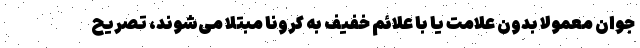
جوان معمولا بدون علامت یا با علائم خفیف به کرونا مبتلا می‌شوند، تصریح